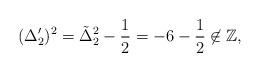
LaTeX: \begin{align*}(\Delta^{\prime}_2)^2=\tilde{\Delta}_2^2-\frac{1}{2}=-6-\frac{1}{2}\not\in \mathbb{Z},\end{align*}